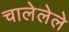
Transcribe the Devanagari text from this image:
चालेलेले